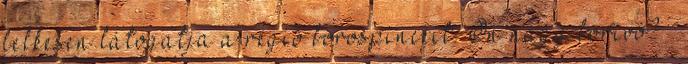
lelkesen látogatja a régió borospincéit. Ön nagy borivó? –